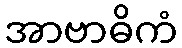
အာဗာဓိကံ